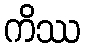
ကိဿ